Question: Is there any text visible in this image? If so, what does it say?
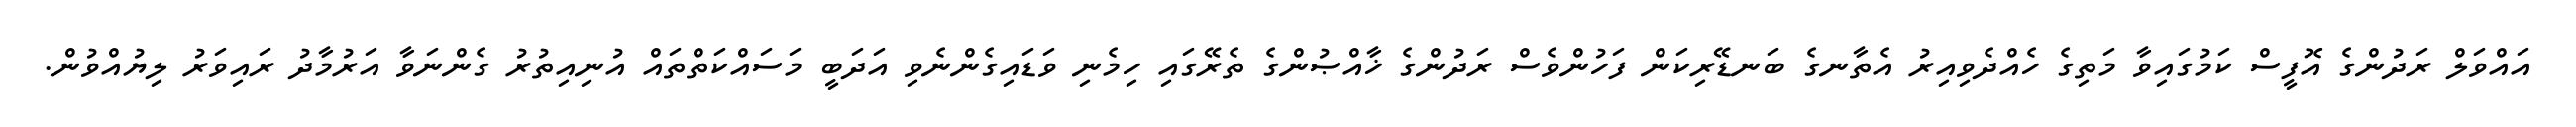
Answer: އައްވަލް ރަދުންގެ އޮފީސް ކަމުގައިވާ މަތިގެ ހެއްދެވިއިރު އެތާނގެ ބަނޑޭރިކަން ފަހުންވެސް ރަދުންގެ ޚާއްޞުންގެ ތެރޭގައި ހިމެނި ވަޑައިގެންނެވި އަދަބީ މަސައްކަތްތައް އުނިއިތުރު ގެންނަވާ އަރުމާދު ރައިވަރު ލިޔުއްވުން.